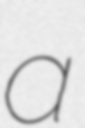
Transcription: a